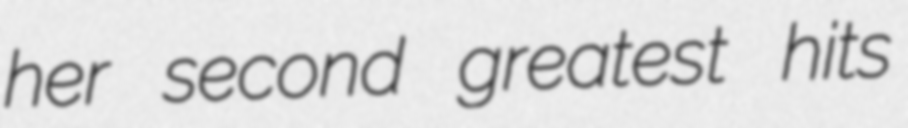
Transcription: her second greatest hits